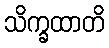
သိက္ခထာတိ